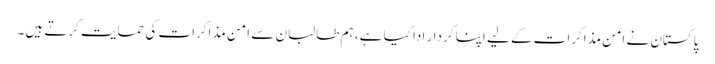
پاکستان نے امن مذاکرات کے لیے اپنا کردار ادا کیا ہے، ہم طالبان سے امن مذاکرات کی حمایت کرتے ہیں۔